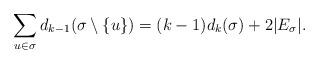
LaTeX: \begin{align*}\sum_{u\in\sigma} d_{k-1}(\sigma\setminus\{u\})= (k-1)d_k(\sigma)+ 2|E_{\sigma}|.\end{align*}